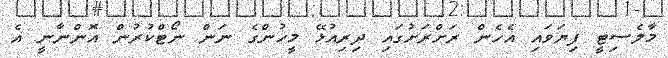
މާލެސިޓީ ފިޔަވައި އެހެން ރަށްރަށުގައި ދިރިއުޅޭ މީހުންގެ ނަން ނޯޓްކުރުން އޮންނާނީ އެ